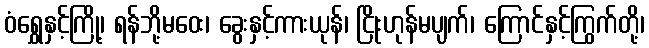
ဝံရွှေနှင့်ကြို့၊ ရန်ဘို့မဝေး၊ ခွေးနှင့်ကားယုန်၊ ငြိုးဟုန်မပျက်၊ ကြောင်နှင့်ကြွက်တို့၊